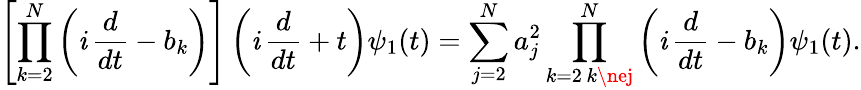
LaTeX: \left[\prod_{k=2}^{N}\left(\mathit{i}\, \frac{{d}}{{dt}}-b_{k}\right)\right]\left(\mathit{i}\, \frac{{d}}{{dt}}+t\right)\psi_{1}(t)=\sum_{j=2}^{N}a_{j}^{2}\prod_{\substack{k=2\, k\nej}}^{N}\left(\mathit{i}\, \frac{{d}}{{dt}}-b_{k}\right)\psi_{1}(t).